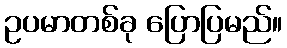
ဥပမာတစ်ခု ပြောပြမည်။